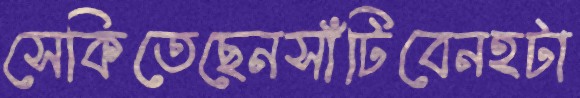
সেকিতেছেনসাঁটিবেনহটা